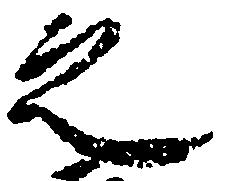
之